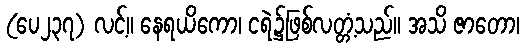
(ပေ၂၃၇) လင့်။ နေရယိကော၊ ငရဲ၌ဖြစ်လတ္တံ့သည်။ အသိ ဇာတော၊